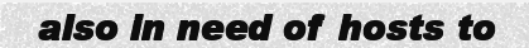
also in need of hosts to